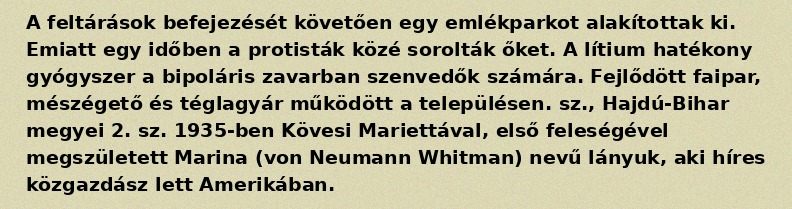
A feltárások befejezését követően egy emlékparkot alakítottak ki. Emiatt egy időben a protisták közé sorolták őket. A lítium hatékony gyógyszer a bipoláris zavarban szenvedők számára. Fejlődött faipar, mészégető és téglagyár működött a településen. sz., Hajdú-Bihar megyei 2. sz. 1935-ben Kövesi Mariettával, első feleségével megszületett Marina (von Neumann Whitman) nevű lányuk, aki híres közgazdász lett Amerikában.